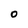
Character: 0